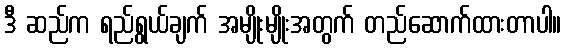
ဒီ ဆည်က ရည်ရွယ်ချက် အမျိုးမျိုးအတွက် တည်ဆောက်ထားတာပါ။